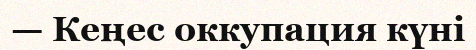
— Кеңес оккупация күні